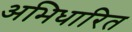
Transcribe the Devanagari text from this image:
अभिधारित